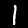
Digit: 1